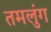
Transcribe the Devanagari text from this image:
तमलुंग